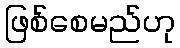
ဖြစ်စေမည်ဟု